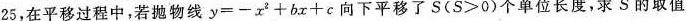
2 5$$，在平移过程中，若抛物线$$y = - x ^ { 2 } + b x + c$$向下平移了$$S ( S > 0 )$$个单位长度，求S的取值